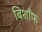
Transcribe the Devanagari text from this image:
बिशाँफ